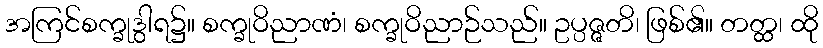
အကြင်စက္ခုဒွါရ၌။ စက္ခုဝိညာဏံ၊ စက္ခုဝိညာဉ်သည်။ ဥပ္ပဇ္ဇတိ၊ ဖြစ်၏။ တတ္ထ၊ ထို